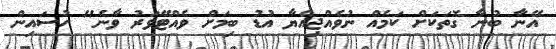
އޭނާ ބުނާ ގޮތަކަށް ކަމެއް ނުވެއްޖިއްޔާ އުޑު ބިމަށް ވެއްޓޭވަރު ވާނެ" ހުސައިން